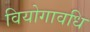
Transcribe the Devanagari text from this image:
वियोगावधि